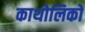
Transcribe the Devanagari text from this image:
काथोलिकों